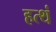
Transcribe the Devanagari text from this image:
हत्थं